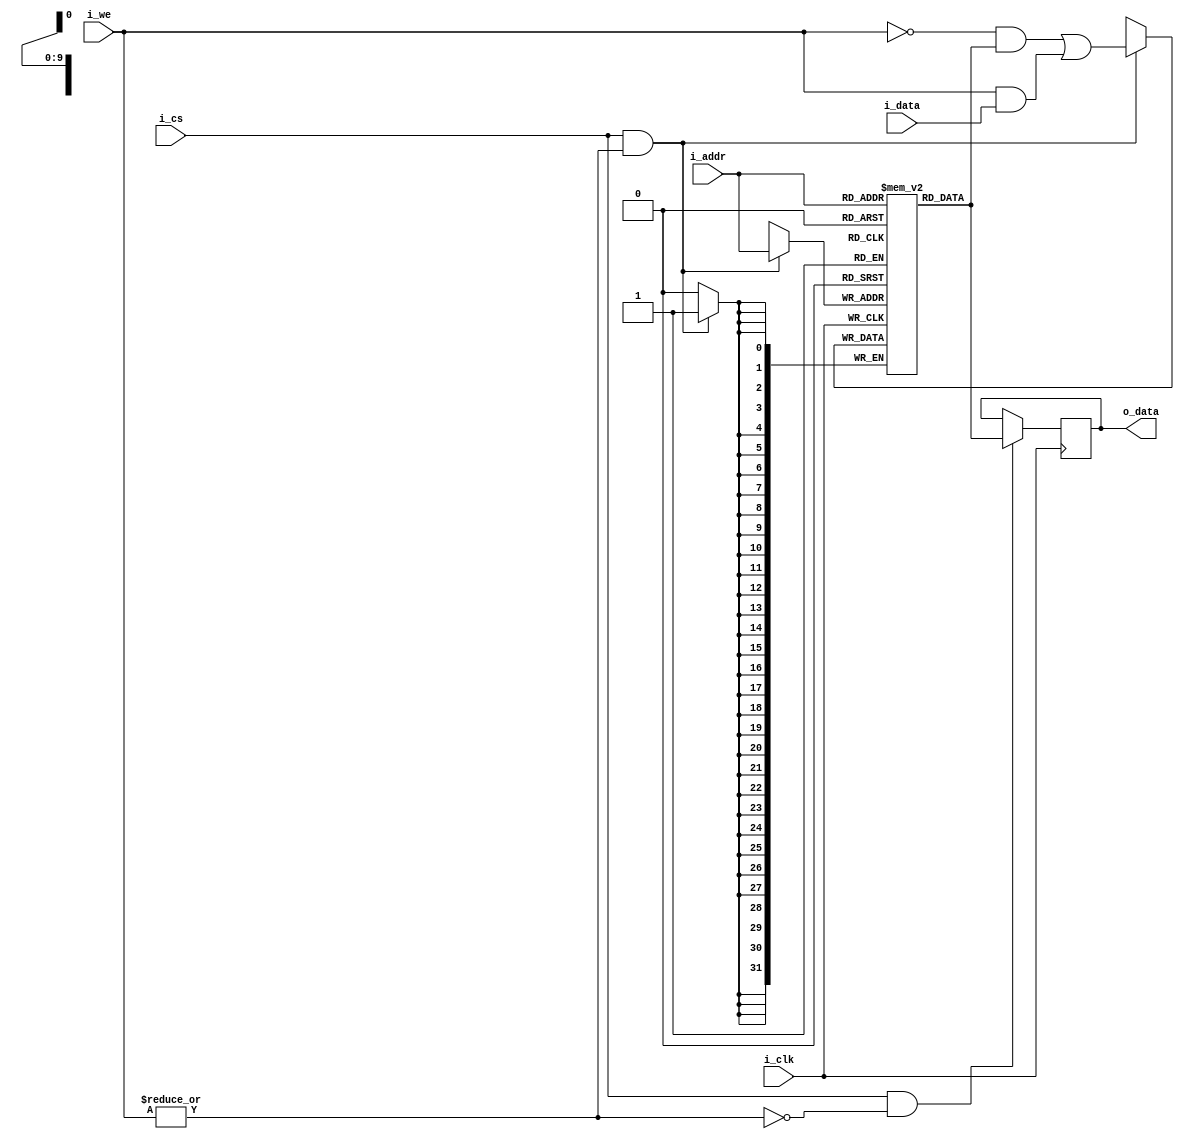
module SRAM #(
        parameter INITIAL_FILE = "test.hex",    //IF this parameter is given, the memory will be initialized with the data stored in the file.
        parameter WIDTH = 32,           //word width
        parameter ADDR_WIDTH = 10       //depth of the memory: 2^(ADDR_WIDTH-1)
)(
        input wire [WIDTH-1:0]          i_data,
        input wire [ADDR_WIDTH-1:0]     i_addr,
        output reg [WIDTH-1:0]          o_data,
        input wire                      i_cs,   //active-high chip select
        input wire [WIDTH-1:0]          i_we,   //active-high write-enable. all-zero means read mode.
        input wire                      i_clk
);

localparam DEPTH = 2**ADDR_WIDTH;
reg [WIDTH-1:0] mem[0:DEPTH-1];

always @(posedge i_clk)
        if(i_cs & (~|i_we)) o_data <= #1 mem[i_addr];
always @(posedge i_clk)
        if(i_cs & (|i_we))
                mem[i_addr] <= #1 (~i_we & mem[i_addr]) | (i_we & i_data);
initial begin
        if(INITIAL_FILE != "test.hex") begin
                $readmemh(INITIAL_FILE, mem);
                $display("%s was loaded successfully.", INITIAL_FILE);
        end
end

endmodule